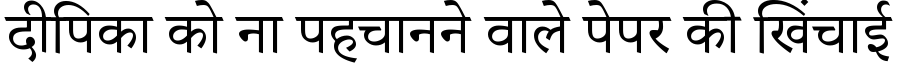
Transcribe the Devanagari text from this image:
दीपिका को ना पहचानने वाले पेपर की खिंचाई